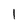
Character: 1